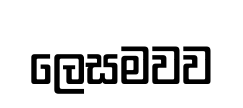
ලෙසමවව